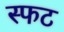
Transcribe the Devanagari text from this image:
स्फट